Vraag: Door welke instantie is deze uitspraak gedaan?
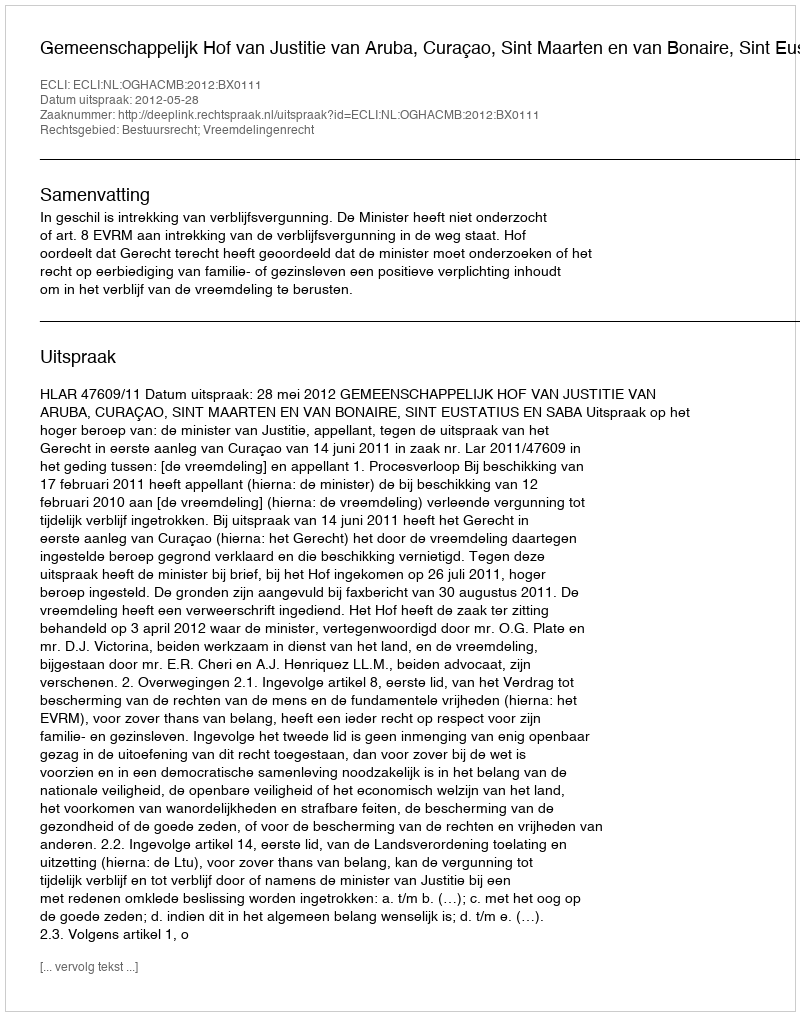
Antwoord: Gemeenschappelijk Hof van Justitie van Aruba, Curaçao, Sint Maarten en van Bonaire, Sint Eustatius en Saba